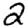
Digit: 2